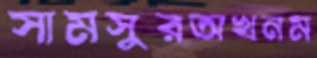
সামসুরঅখনম